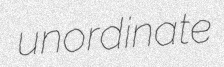
unordinate